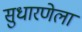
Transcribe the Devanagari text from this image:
सुधारणेला